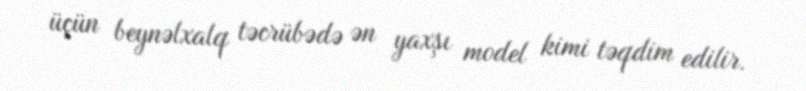
üçün beynəlxalq təcrübədə ən yaxşı model kimi təqdim edilir.